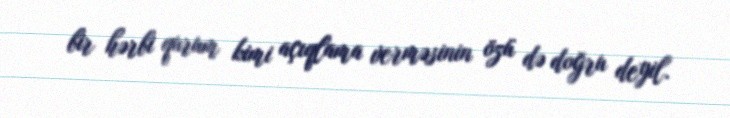
bir hərbi qurum kimi açıqlama verməsinin özü də doğru deyil.